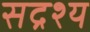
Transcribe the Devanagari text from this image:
सद्रश्य